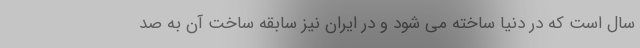
سال است که در دنیا ساخته می شود و در ایران نیز سابقه ساخت آن به صد